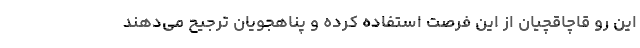
این رو قاچاقچیان از این فرصت استفاده کرده و پناهجویان ترجیح می‌دهند